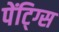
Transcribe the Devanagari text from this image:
पेंटि्ग्स